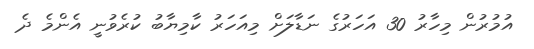
އުމުރުން މިހާރު 30 އަހަރުގެ ނަޑާލަށް މިއަހަރު ކާމިޔާބު ކުރެވުނީ އެންމެ ދެ